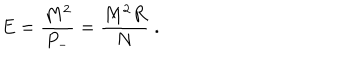
LaTeX: E = \frac { M ^ { 2 } } { P _ { - } } = \frac { M ^ { 2 } R } { N } \; .